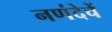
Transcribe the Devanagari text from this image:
नणंदेचें